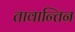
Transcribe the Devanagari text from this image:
तावान्तिन